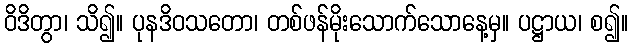
ဝိဒိတွာ၊ သိ၍။ ပုနဒိဝသတော၊ တစ်ဖန်မိုးသောက်သောနေ့မှ။ ပဋ္ဌာယ၊ စ၍။